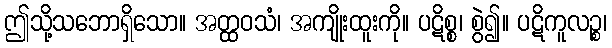
ဤသို့သဘောရှိသော။ အတ္ထဝသံ၊ အကျိုးထူးကို။ ပဋိစ္စ၊ စွဲ၍။ ပဋိကူလဉ္စ၊